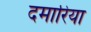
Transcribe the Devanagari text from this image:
दमारिया